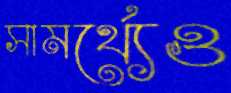
সামর্থ্যেও